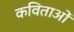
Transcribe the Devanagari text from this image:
कविताओंं